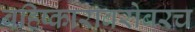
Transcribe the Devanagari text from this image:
बहिष्काराबरोबरच